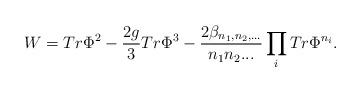
LaTeX: \begin{align*}W = Tr \Phi^2 - \frac{2g}{3} Tr\Phi^3 - \frac{2 \beta_{n_1, n_2,... }}{n_1n_2...} \prod_{i} Tr \Phi^{n_i}.\end{align*}